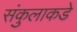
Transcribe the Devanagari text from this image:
संकुलाकडे